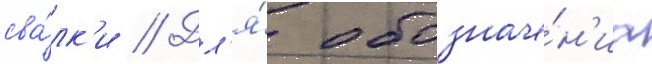
сва́лк'и // Дл'я́ обозначе́н'иа